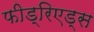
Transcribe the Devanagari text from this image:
फीड्रिएड्स